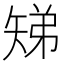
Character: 𬑳